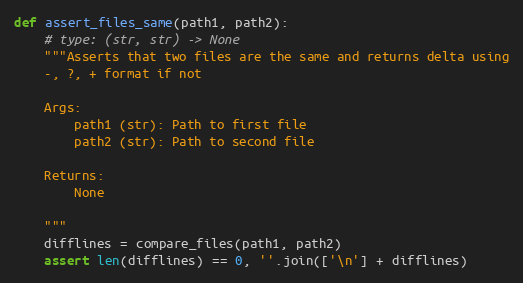
Language: Python
def assert_files_same(path1, path2):
    # type: (str, str) -> None
    """Asserts that two files are the same and returns delta using
    -, ?, + format if not

    Args:
        path1 (str): Path to first file
        path2 (str): Path to second file

    Returns:
        None

    """
    difflines = compare_files(path1, path2)
    assert len(difflines) == 0, ''.join(['\n'] + difflines)